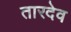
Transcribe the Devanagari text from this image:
तारदेव